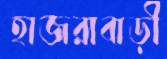
হাজরাবাড়ী